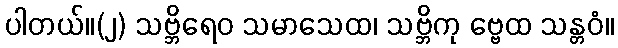
ပါတယ်။(၂) သဗ္ဘိရေဝ သမာသေထ၊ သဗ္ဘိကု ဗ္ဗေထ သန္တဝံ။